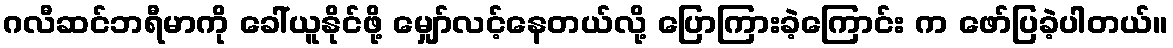
ဂလီဆင်ဘရီမာကို ခေါ်ယူနိုင်ဖို့ မျှော်လင့်နေတယ်လို့ ပြောကြားခဲ့ကြောင်း က ဖော်ပြခဲ့ပါတယ်။